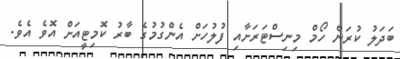
ބަދަލު ކުރަން ހޯމް މިނިސްޓަރަށާއި ފުލުހަށް އެންގުމުގެ ބާރު ކޮމިޓީއަށް އޮވެ އެވެ.